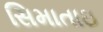
સિમાતાઇ